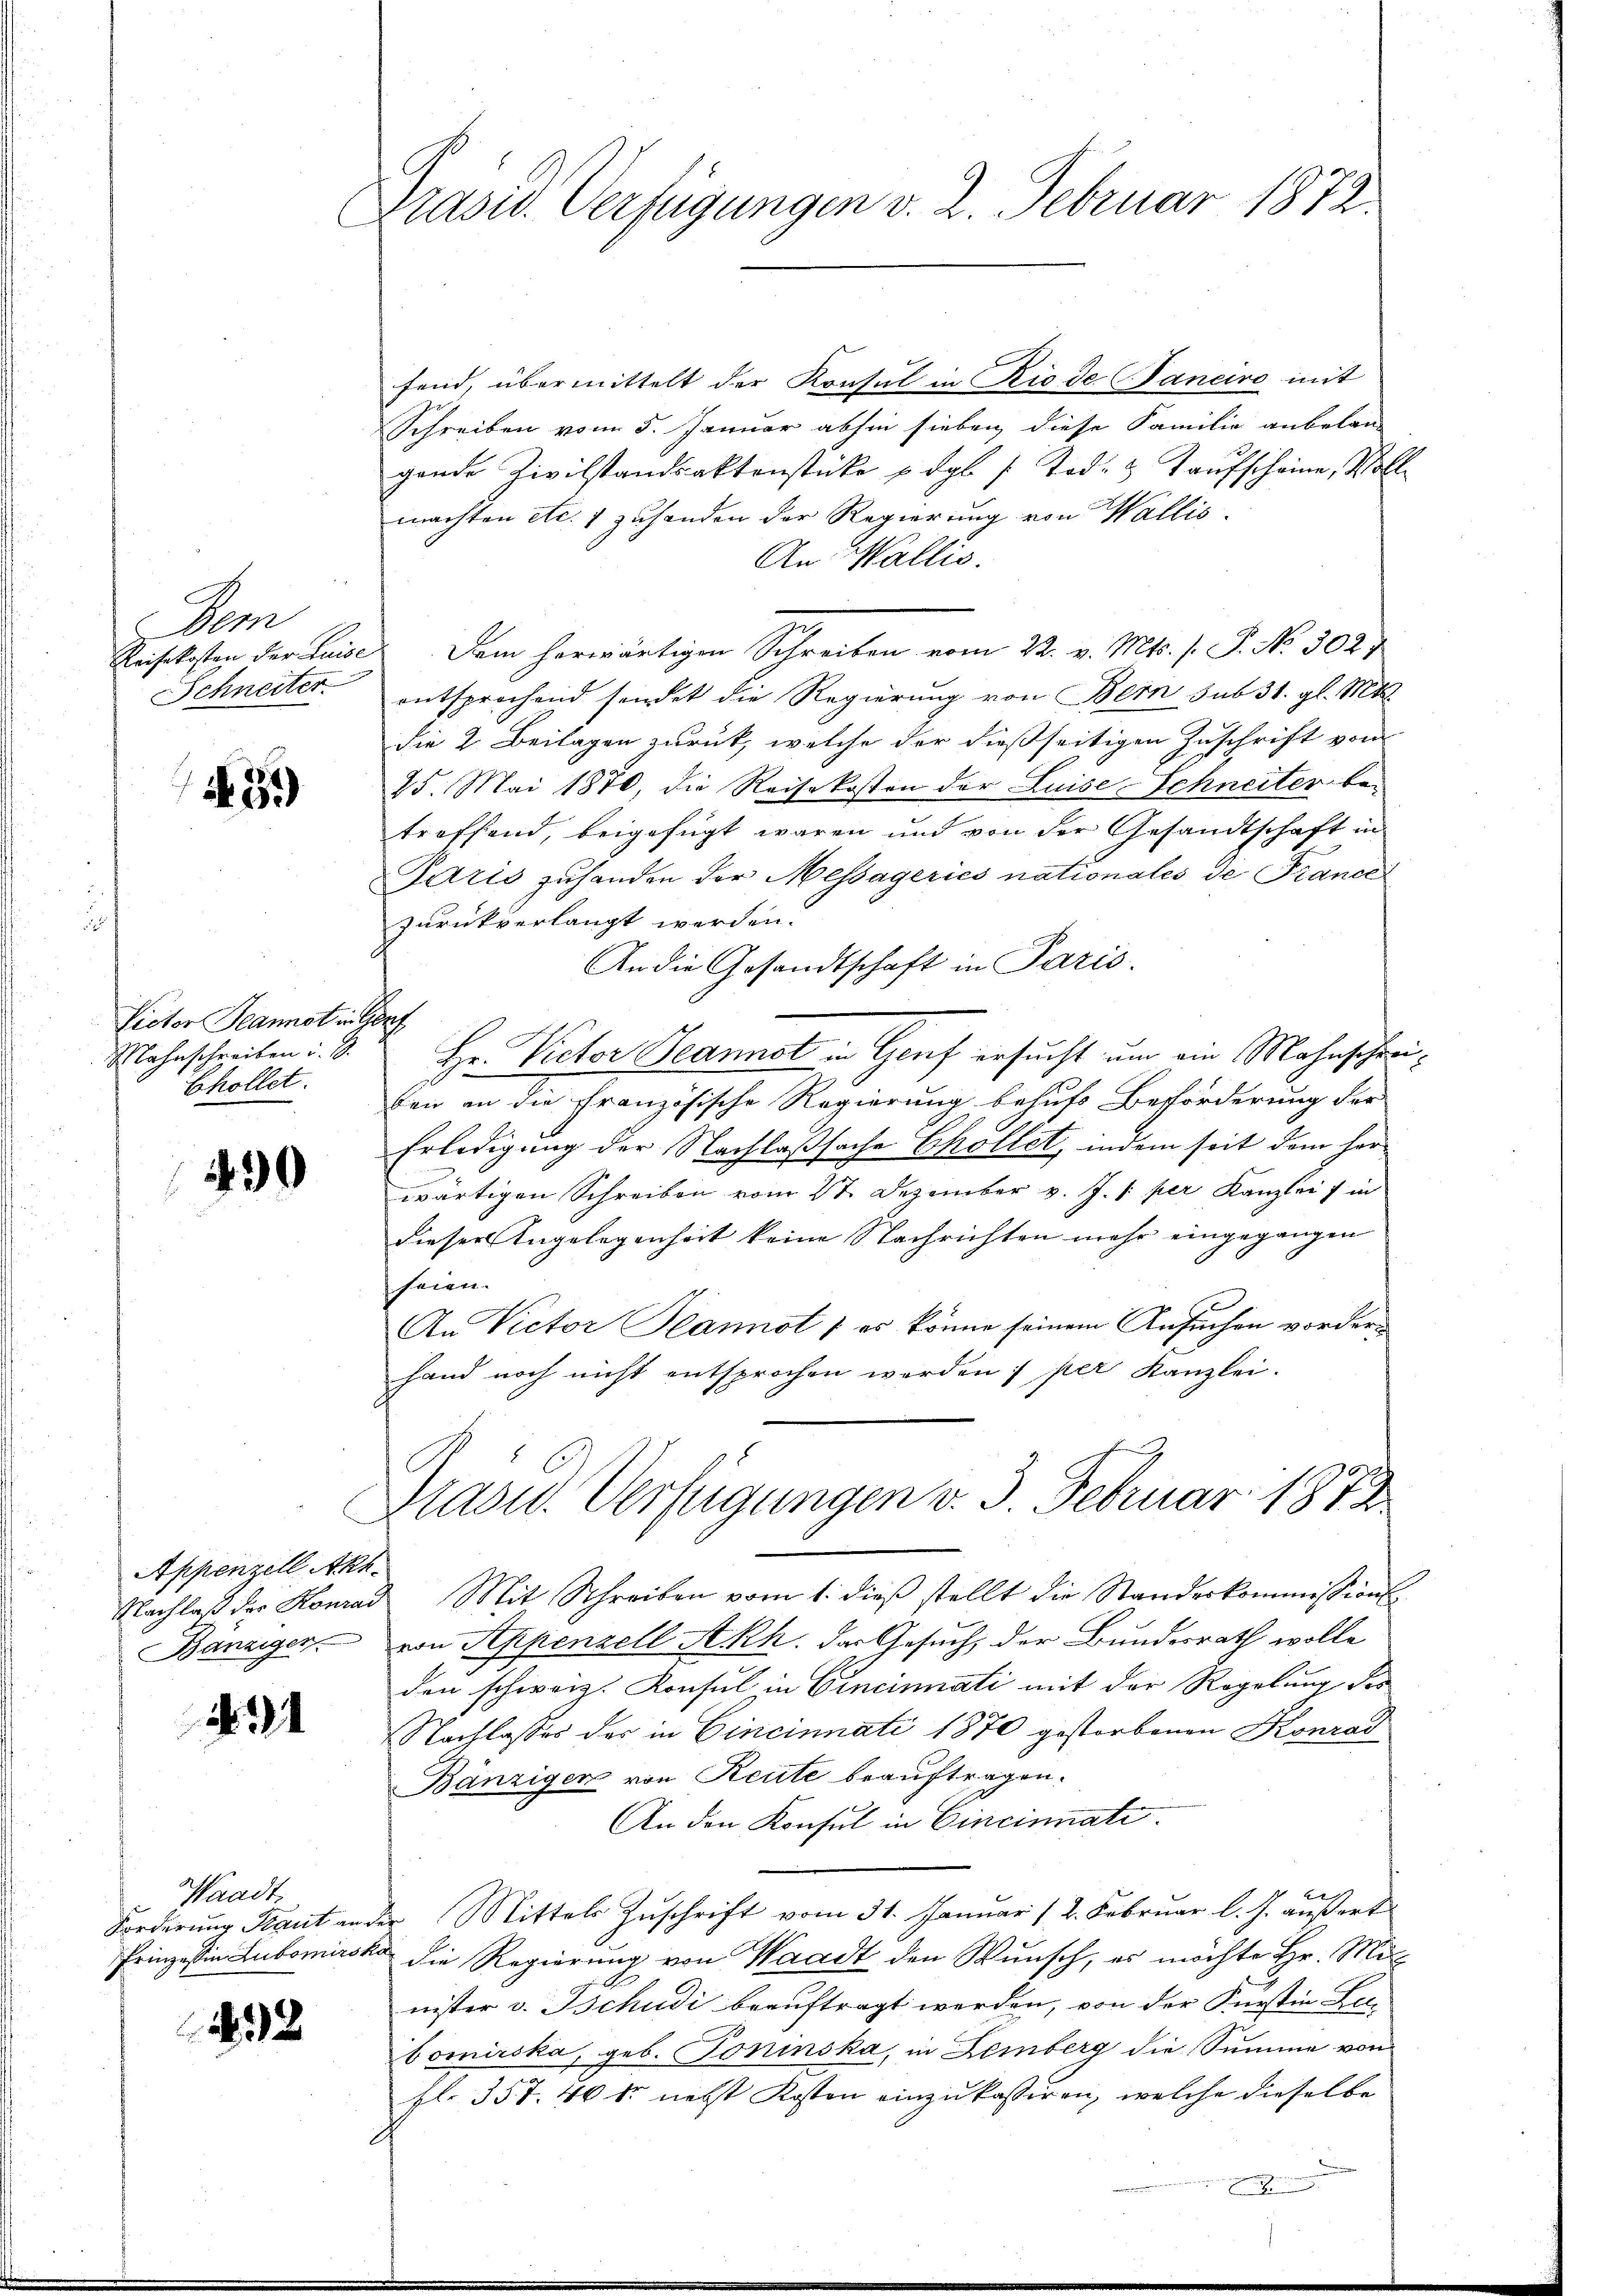
de
Reisekosten der Luise
Schneiter

31)

Victor Beannot in
Mahnschreiben u. 3.
Echollet.

430

Appenzell Akh¬
Bänziger

431

Waadt
Forderung Kraut aus

12

Präsid. Verfügungen v. 2. Februar 1872.

fend, übermittelt der Konsul in Rio de Janeiro mit
Schreiben vom 5. Januar abhin sieben diese Familie anbelan-
gende Zivilstandsaktenstücke u. dgl [Tod. & Taufscheine, Wollmachten etc. 1 zusenden der Regierung von Wallis.
An Wallis.
Dem herwärtigen Schreiben vom 22. v. Mts. s P. No 3027
entsprochend sendet die Regierung von Bern sub 31. gl. Mts.
die 2. Beilagen zurück, welche der dießseitigen Zuschrift vom
25. Mai 1870, die Reisekosten der Luise Schneiter betroffend, beigefügt waren und von der Gesandtschaft in
Paris zuhanden der Messageries nationales de Francel
zurückverlangt werden.
An die Gesandtschaft in Paris.
s
Hr. Victor Jeannot in Genf ersucht um ein Mahnschreiben an die Französische Regierung behufs Beförderung der
Erledigung der Nachlaßsache Chöllet, indem seit dem her
wärtigen Schreiben vom 27 Dezember v. J. /: per Kanzlei in
dieser Angelegenheit keine Nachrichten mehr eingegangen
heien.
An Victor Hannot / es könne seinem Ansuchen vorderhand noch nicht entsprochen werden ; per Kanzlei.

Präsid. Verfügungen v. 3. Februar 1872

Nachlaβ der Konrad Mit Schreiben vom 1. dieβ stellt die Standeskommissions
von Appenzell Akh. Das Gesuch, der Bundesrath wolle
den schweiz. Konsul in Cincinnati mit der Regelung des
Nachlasses der in Cincinnati 1870 gestorbenen Konrad
Bänzigen von Reute beauftragen.
An den Konsul in Cincinnate.
2. Mittels Zŭschrift vom 31. Januar 12. Februar l. J. äußert
Prinzessin Lubomirska die Regierung von Waadt den Wunsch, es möchte Hr. Mitnister v. Tschudi beauftragt werden, von der Fürstin Lec
bomirska, geb. Toninska, in Lemberg die Summe von
fl. 357. 40 kr nebst Kosten einzukassiren, welche dieselbe
.